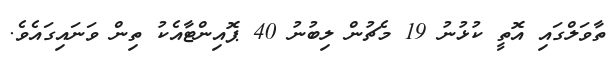
ތާވަލްގައި އޮތީ ކުޅުނު 19 މެޗުން ލިބުނު 40 ޕޮއިންޓާއެކު ތިން ވަނައިގައެވެ.